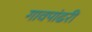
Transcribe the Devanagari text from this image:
गावपांढरी